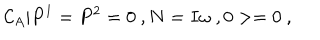
LaTeX: { \cal C } _ { A } | P ^ { 1 } = P ^ { 2 } = 0 \ , N = I \omega \ , 0 > = 0 \ ,